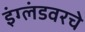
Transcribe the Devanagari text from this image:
इंग्लंडवरचे